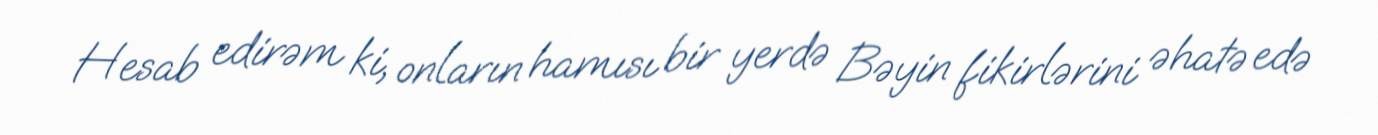
Hesab edirəm ki, onların hamısı bir yerdə Bəyin fikirlərini əhatə edə